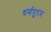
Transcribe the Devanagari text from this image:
धर्मपुरम